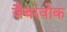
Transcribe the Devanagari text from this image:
जैबरवोक